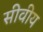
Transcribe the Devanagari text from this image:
सीवीय